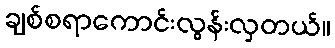
ချစ်စရာကောင်းလွန်းလှတယ်။